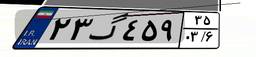
۲۳گ۴۵۹۳۵